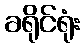
ခရိုင်ရုံး